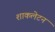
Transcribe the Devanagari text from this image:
शाकलेटन